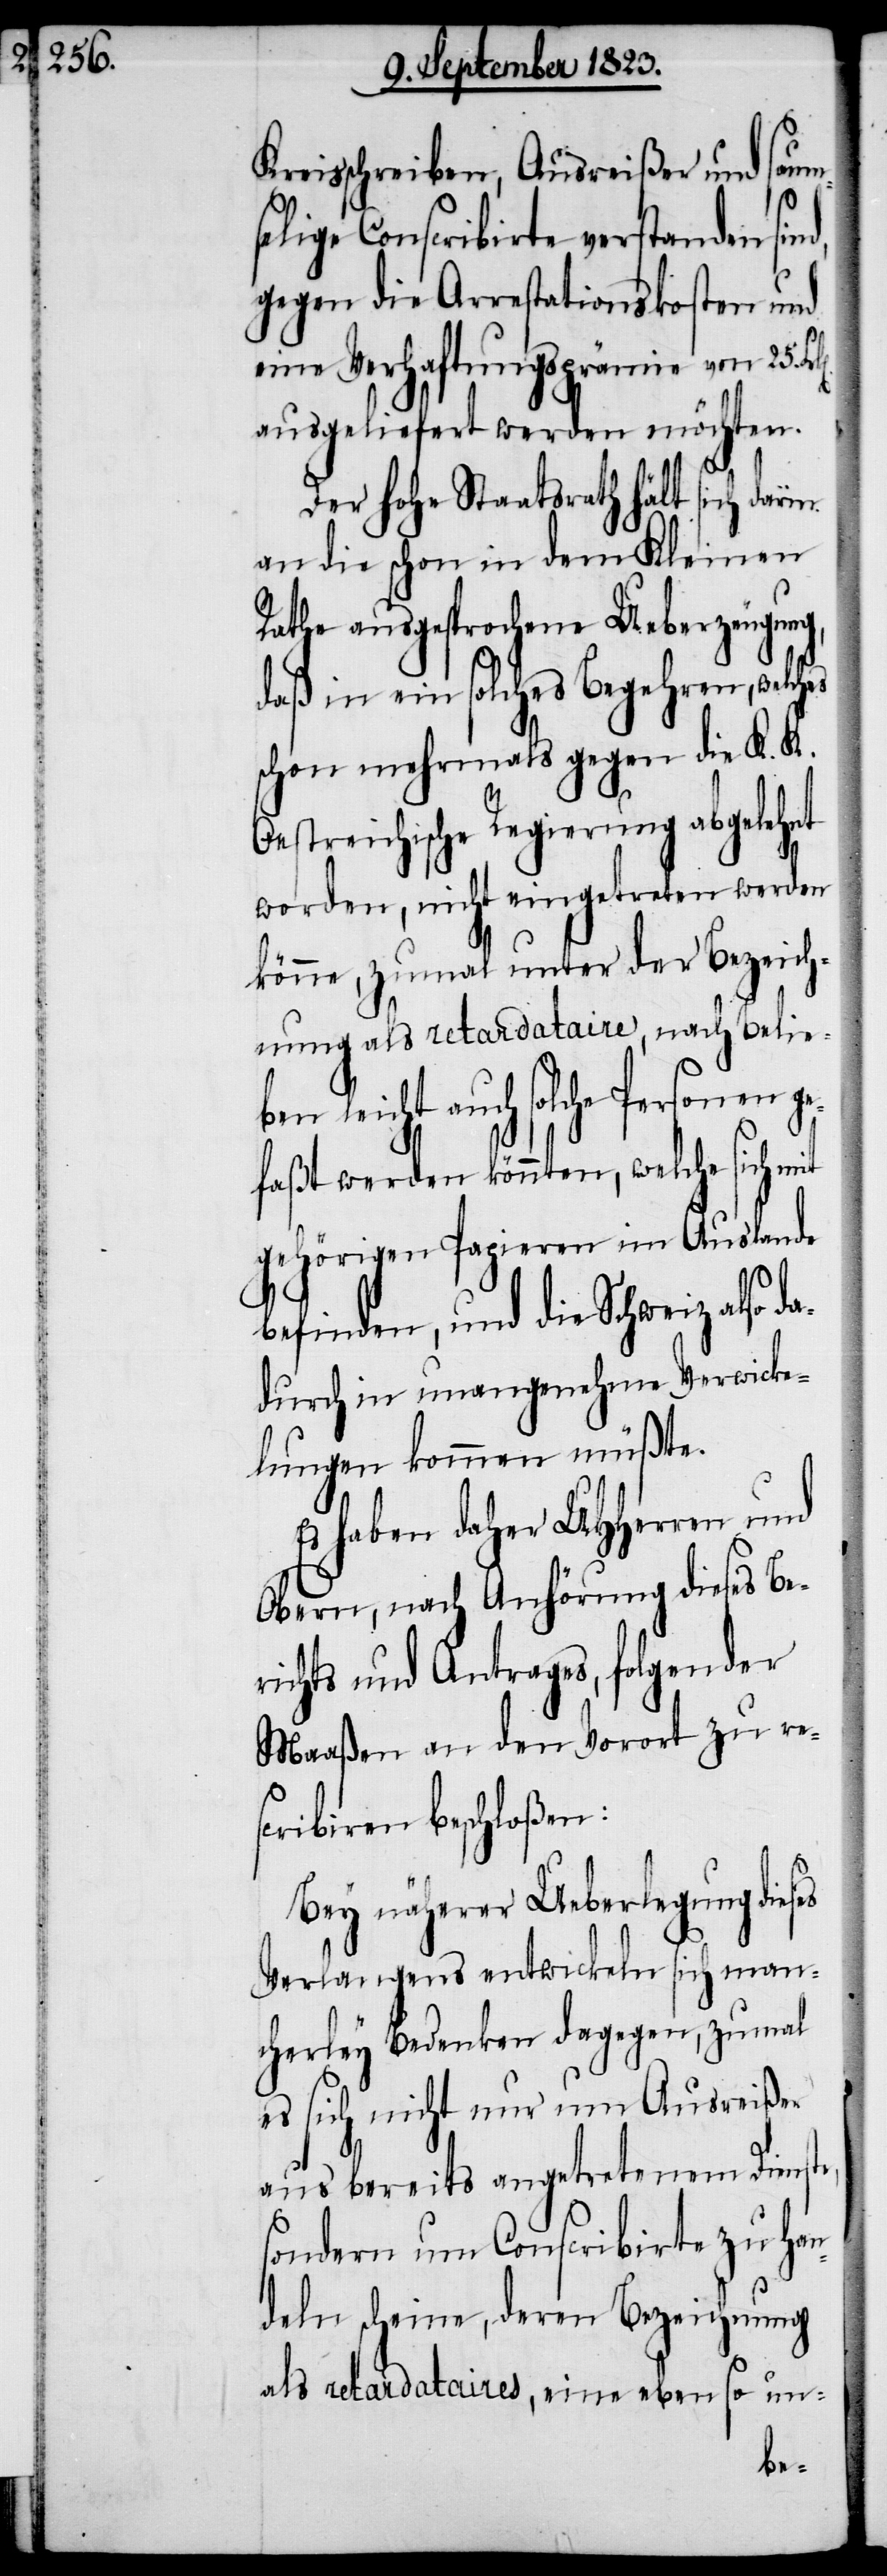
saums¬
Kreisschreiben, Ausreißer und
elige Conscribirte verstanden
gegen die Arrestationskosten und
eine Verhaftungsprämie von 25.
ausgeliefert werden möchten.
Der hohe Staatsrath hält sich darin
an die schon in dem Kleinen
Rathe ausgesprochene Ueberzeugung,
daß in ein solches Begehren, welches
schon mehrmals gegen die K. K.
Oestreichische Regierung abgelehnt
worden, nicht eingetreten werden
könne, zumal unter der Bezeich¬
nung als retardataire, nach Belie¬
ben leicht auch solche Personen g¬
efaßt werden könnten, welche sich mit
gehörigen Papieren im Auslande
befinden, und die Schweiz also
dadurch in unangenehme Verwicke¬
lungen kommen müßte.
Es haben daher UHHerren und
Obern, nach Anhörung dieses Be¬
richts und Antrages, folgender
Maaßen an den Vorort zu re¬
scribiren beschloßen:
Bey näherer Ueberlegung dieses
Verlangens entwickeln sich man¬
cherley Bedenken dagegen, zumal
es sich nicht nur um Ausreißer
aus bereits angetretenem Dienste,
sondern um Conscribirte zu han¬
deln scheine, deren Bezeichnung
als retardataires, eine ebenso un-